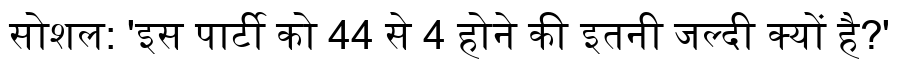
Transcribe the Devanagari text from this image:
सोशल: 'इस पार्टी को 44 से 4 होने की इतनी जल्दी क्यों है?'